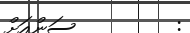
:         ސަންއަށް